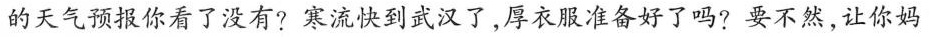
的天气预报你看了没有?寒流快到武汉了，厚衣服准备好了吗?要不然，让你妈